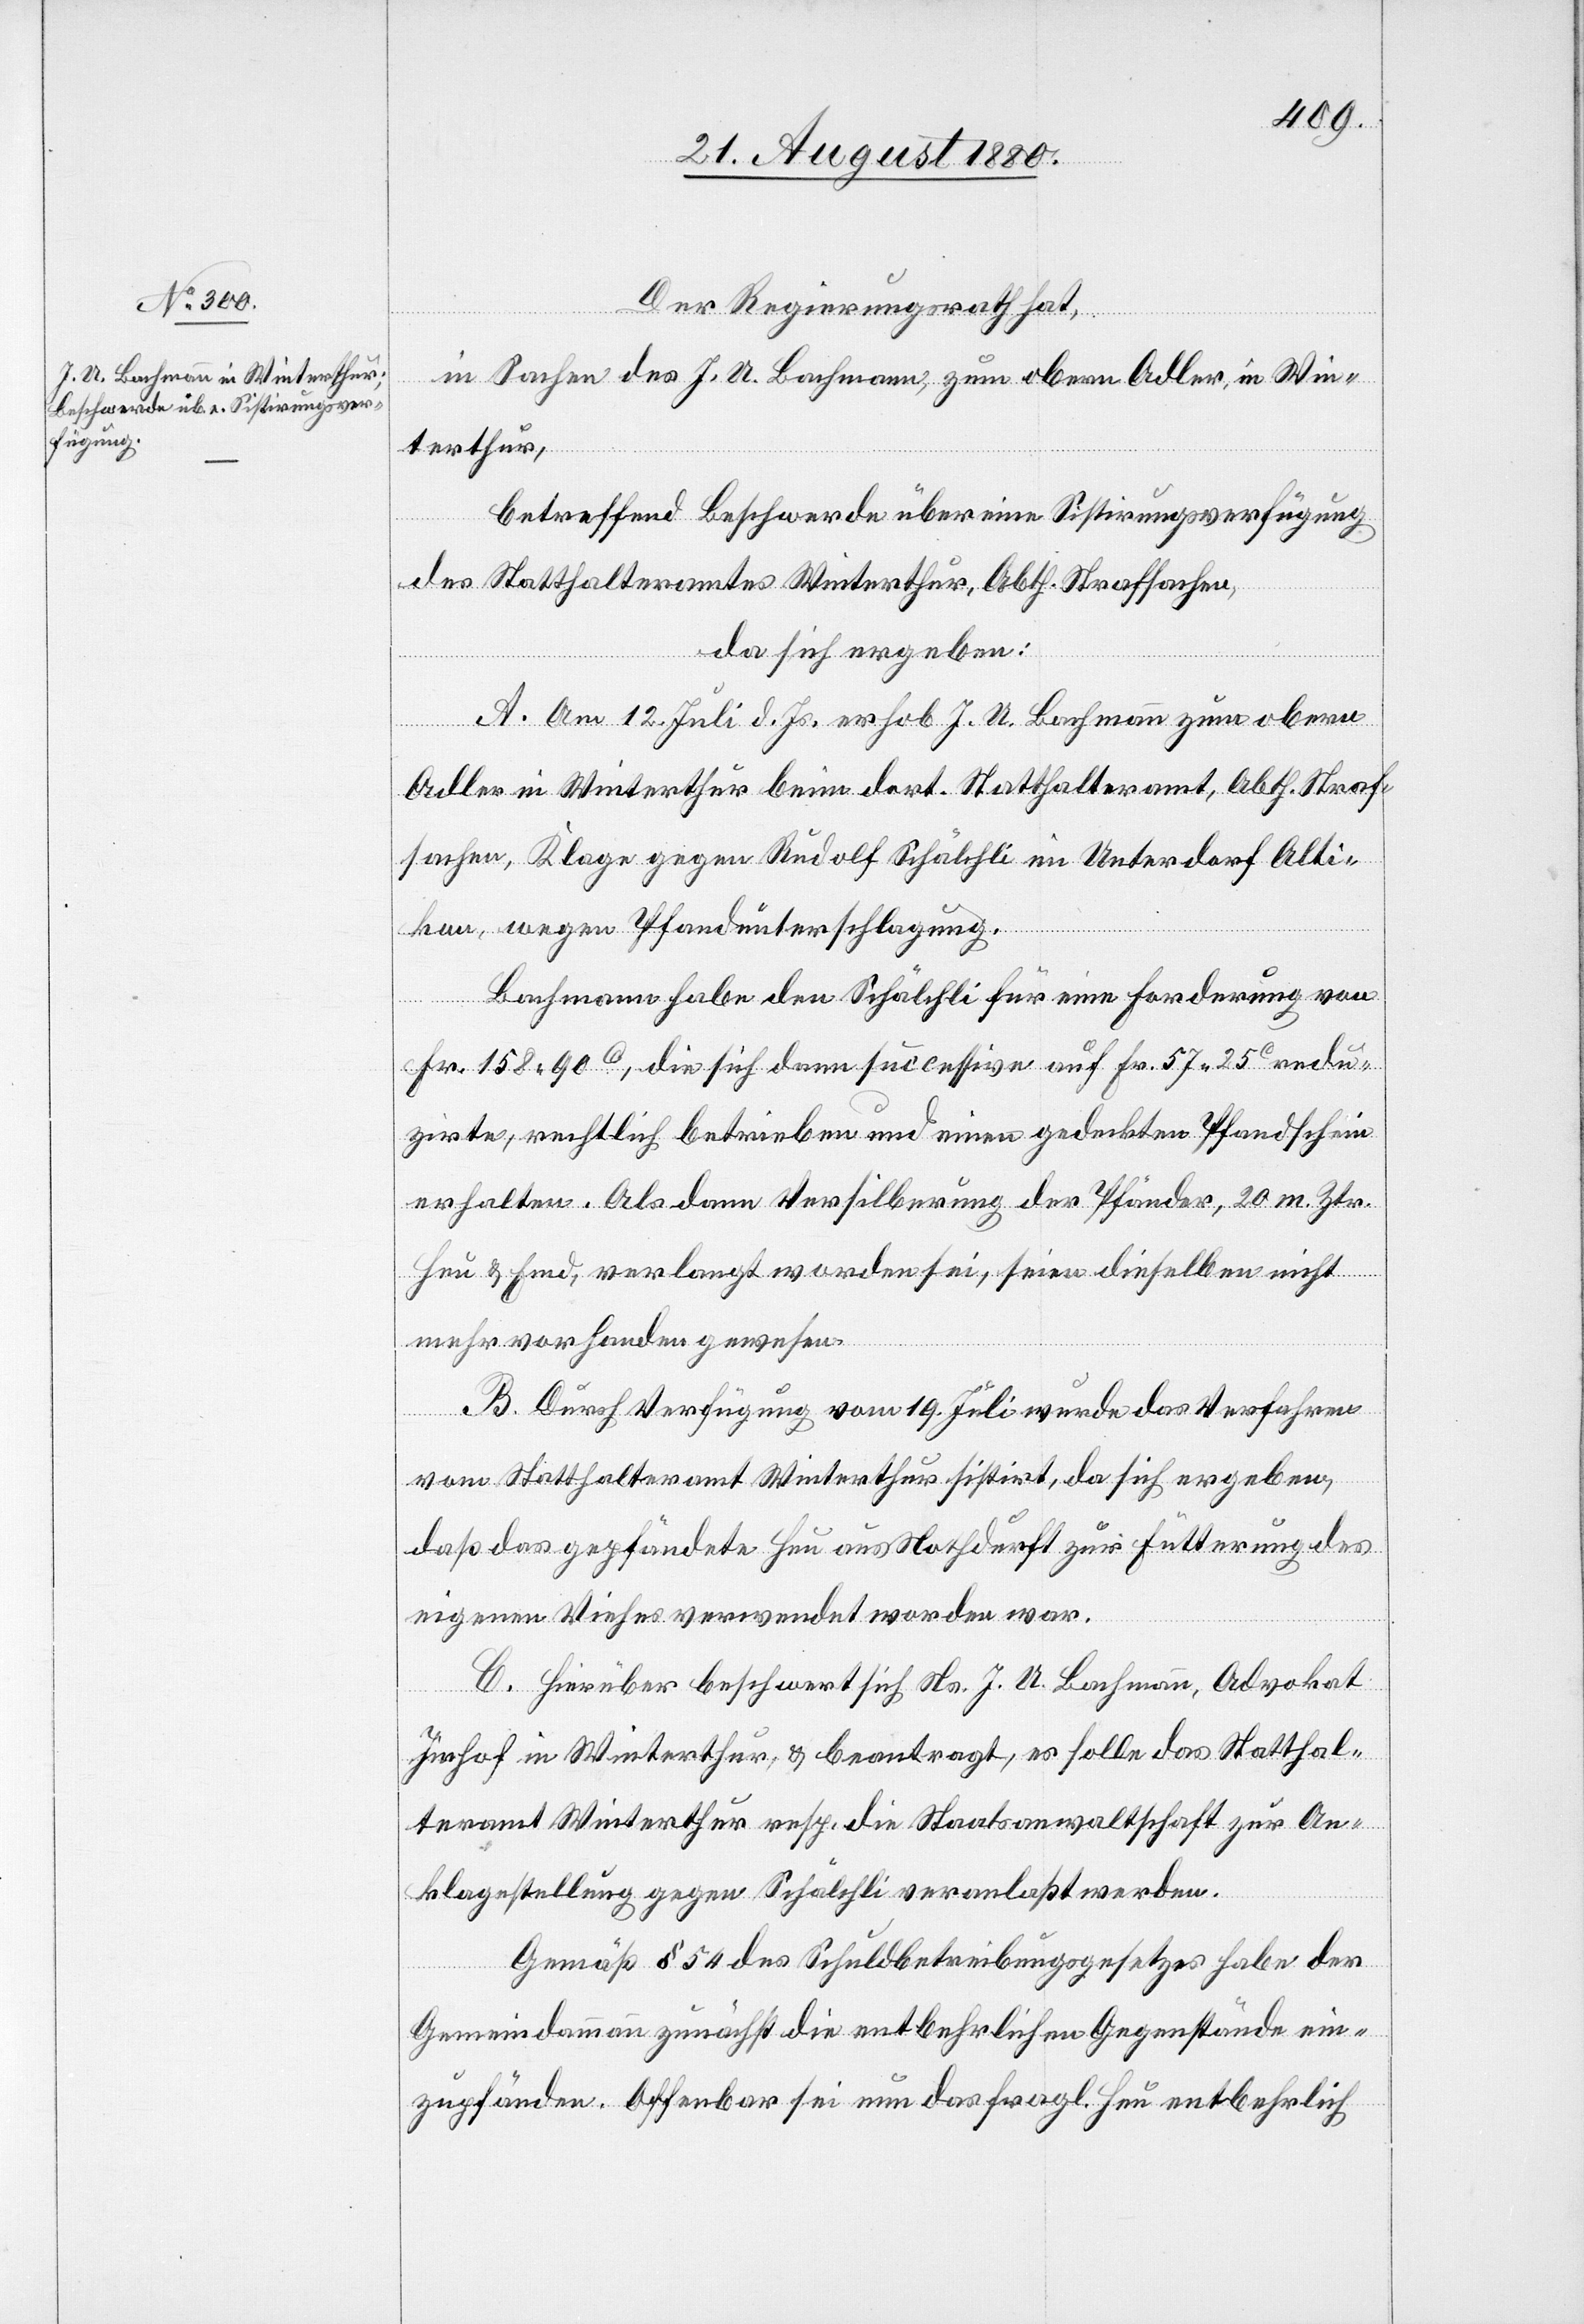
Der Regierungsrath hat,
in Sachen des J. A. Bachmann, zum obern Adler, in Win¬
terthur,
betreffend Beschwerde über eine Sistirungsverfügung
des Statthalteramtes Winterthur, Abth. Strafsachen,
da sich ergeben:
A. Am 12. Juli d. Js. erhob J. A. Bachmann zum obern
Adler in Winterthur beim dort. Statthalteramt, Abth. Straf¬
sachen, Klage gegen Rudolf Schälchli im Unterdorf Alti¬
kon, wegen Pfandunterschlagung.
Bachmann habe den Schälchli für eine Forderung von
Fr. 158 90c, die sich dann successive auf Fr. 57 25c redu¬
zirte, rechtlich betrieben und einen gedeckten Pfandschein
erhalten. Als dann Versilberung der Pfänder, 20 m. Ztr.
Heu & Emd, verlangt worden sei, seien dieselben nicht
mehr vorhanden gewesen.
B. Durch Verfügung vom 19. Juli wurde das Verfahren
vom Statthalteramt Winterthur sistirt, da sich ergeben,
daß das gepfändete Heu aus Nothdurft zur Fütterung des
eigenen Viehes verwendet worden war.
C. Hierüber beschwert sich Ns. J. A. Bachmann, Advokat
Imhof in Winterthur, & beantragt, er solle das Statthal¬
teramt Winterthur resp. die Staatsanwaltschaft zur An¬
klagestellung gegen Schälchli veranlaßt werden.
Gemäß § 54 des Schuldbetreibungsgesetzes habe der
Gemeindammann zunächst die entbehrlichen Gegenstände ein¬
zupfänden. Offenbar sei nun das fragl. Heu entbehrlich